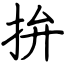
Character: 拚